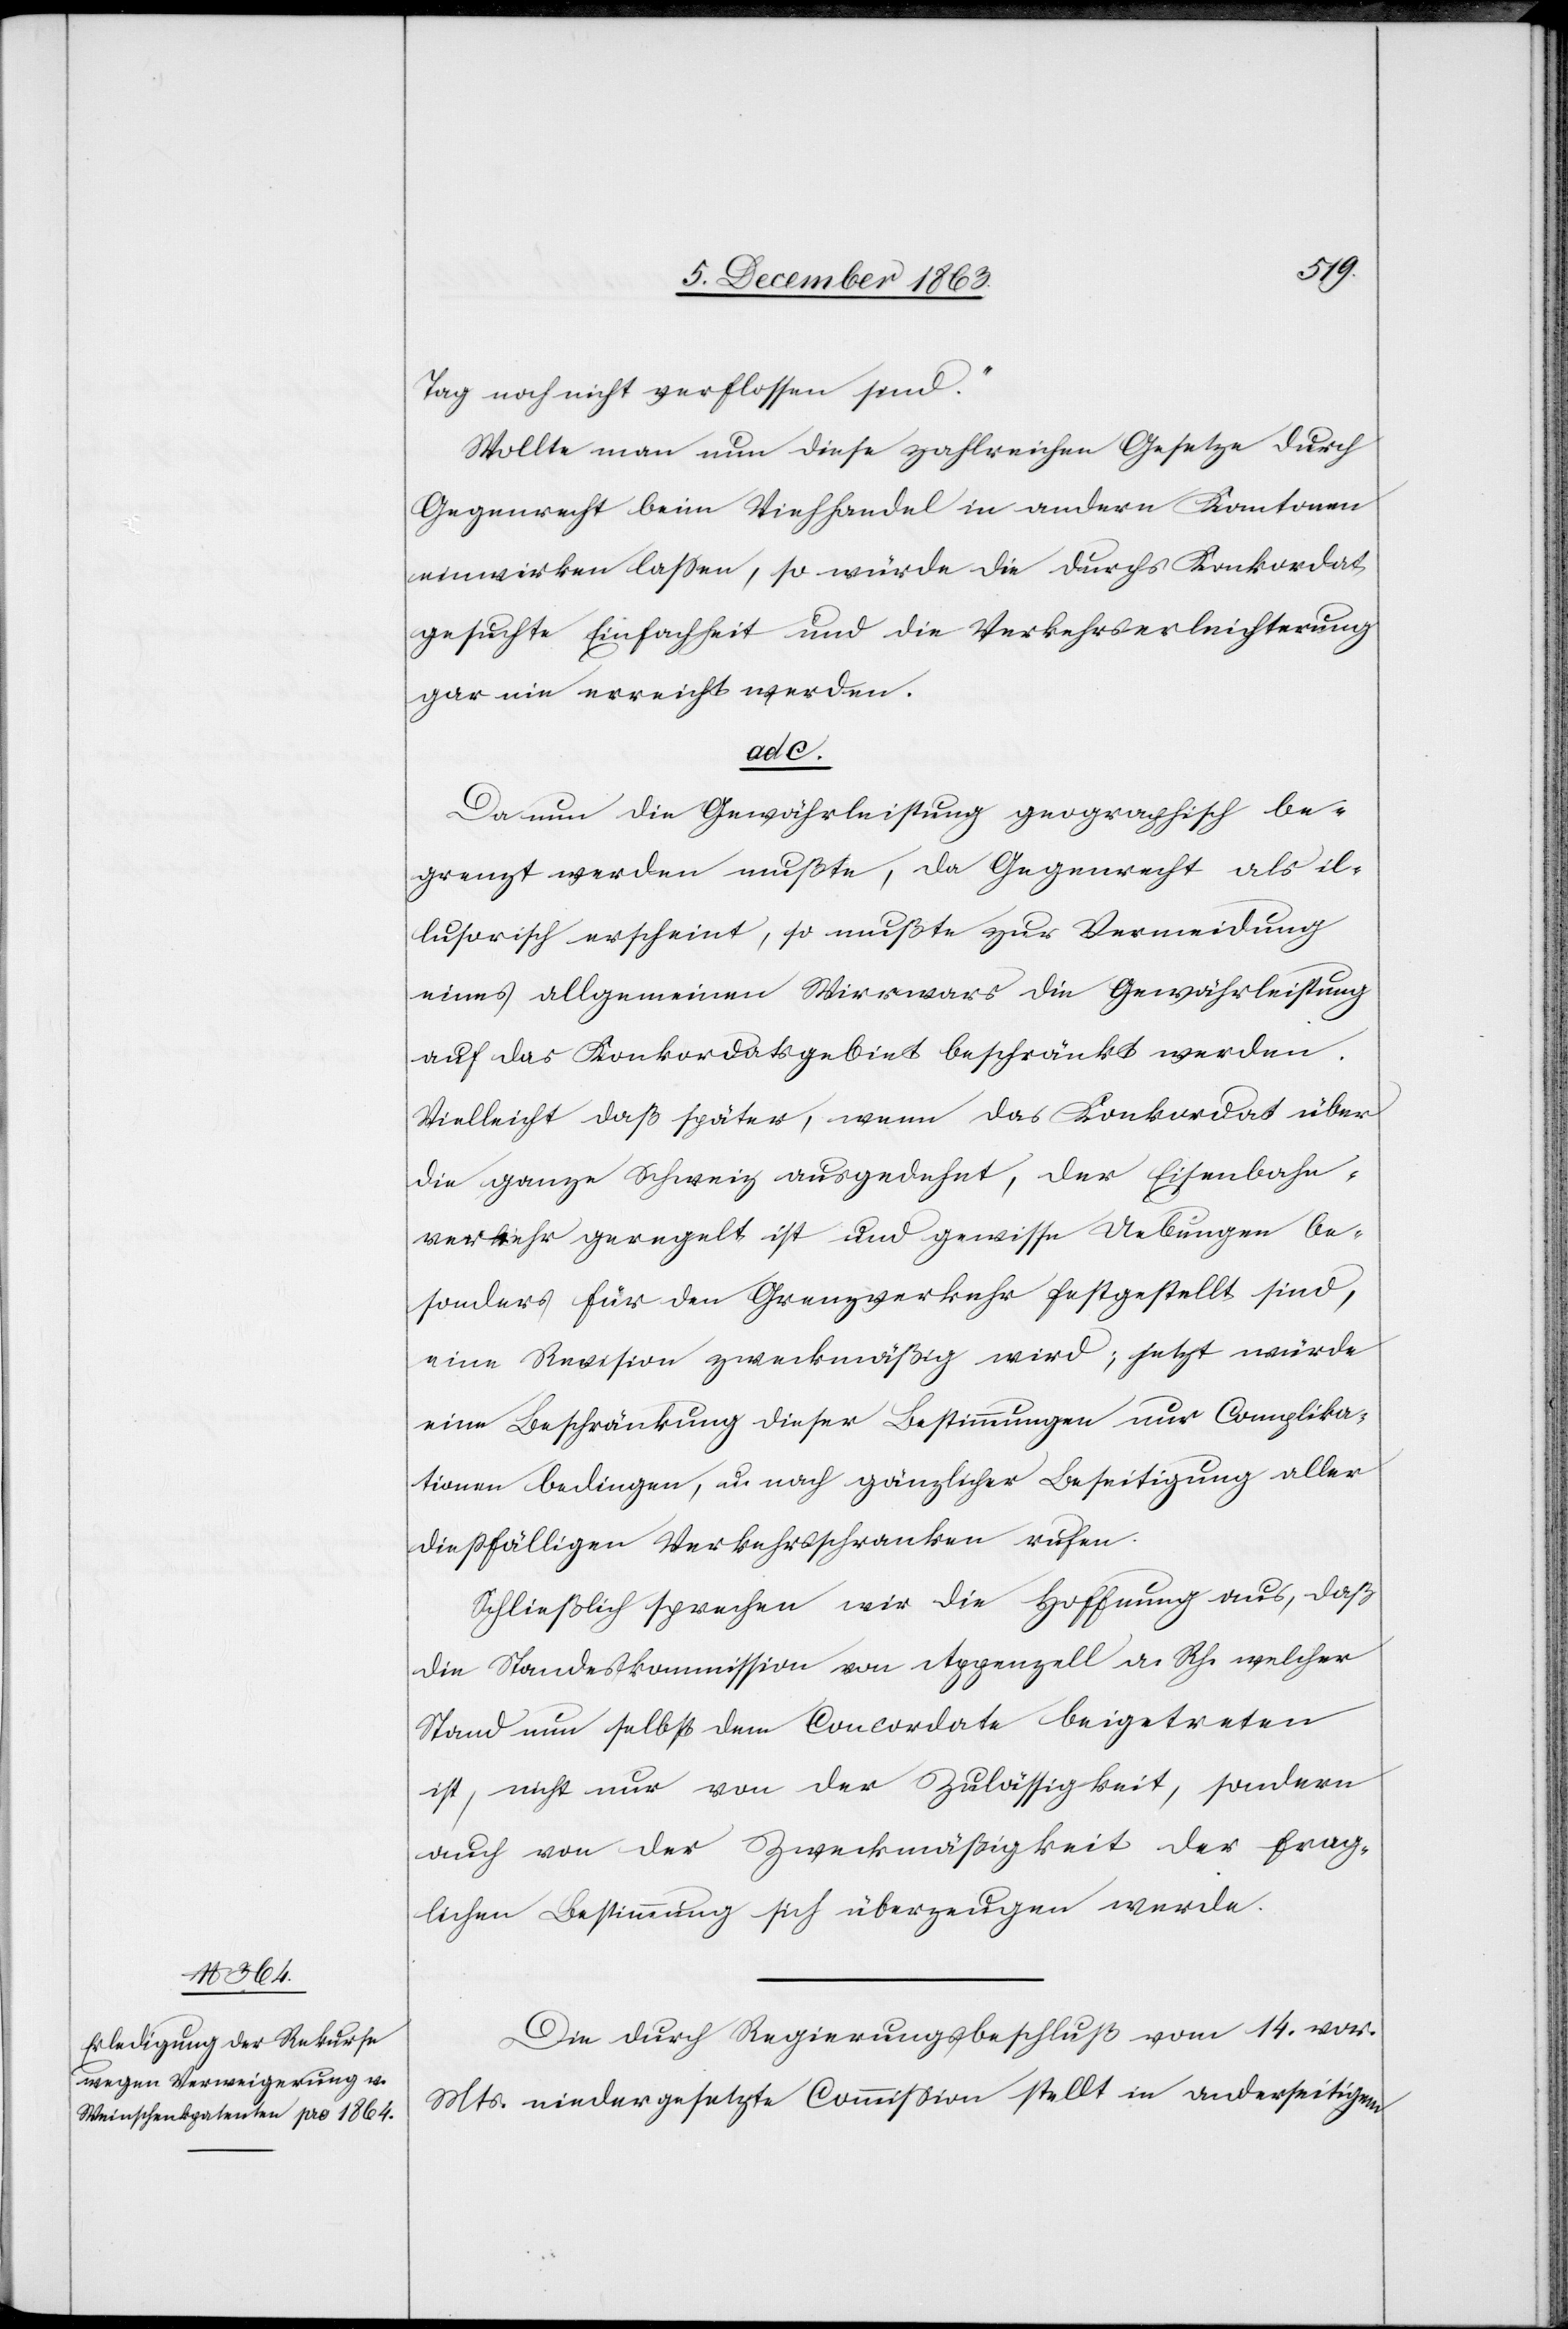
Tag noch nicht verflossen sind“.
Wollte man nun diese zahlreichen Gesetze durch
Gegenrecht beim Viehhandel in andern Kantonen
einwirken lassen, so würde die durchs Konkordat
gesuchte Einfachheit und die Verkehrserleichterung
gar nie erreicht werden.
ad c.
Da nun die Gewährleistung geographisch be¬
grenzt werden mußte, da Gegenrecht als il¬
lusorisch erscheint, so mußte zur Vermeidung
eines allgemeinen Wirrwars die Gewährleistung
auf das Konkordatsgebiet beschränkt werden.
Vielleicht daß später, wenn das Konkordat über
die ganze Schweiz ausgedehnt, der Eisenbahn¬
verkehr geregelt ist und gewisse Uebungen be¬
sonders für den Grenzverkehr festgestellt sind,
eine Revision zweckmäßig wird, jetzt würde
eine Beschränkung dieser Bestimmungen nur Complika¬
tionen bedingen, u. nach gänzlicher Beseitigung aller
diessfälligen Verkehrsschranken rufen.
Schließlich sprechen wir die Hoffnung aus, daß
die Standeskommission von Appenzell a. Rh. welcher
Stand nun selbst dem Concordate beigetreten
ist, nicht nur von der Zulässigkeit, sondern
auch von der Zweckmäßigkeit der frag¬
lichen Bestimmung sich überzeugen werde.
Die durch Regierungsbeschluß vom 14. vor.
Mts. niedergesetzte Commission stellt in anderseitigem